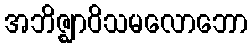
အဘိဇ္ဈာဝိသမလောဘော